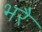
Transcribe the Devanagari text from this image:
भरै